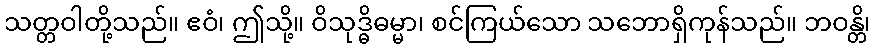
သတ္တဝါတို့သည်။ ဧဝံ၊ ဤသို့။ ဝိသုဒ္ဓိဓမ္မာ၊ စင်ကြယ်သော သဘောရှိကုန်သည်။ ဘဝန္တိ၊